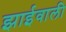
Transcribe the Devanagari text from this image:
झाईवाली